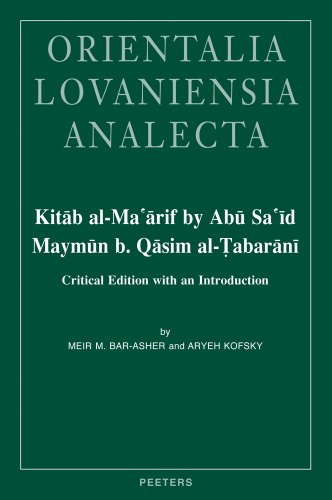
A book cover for Kitab al-Ma'arif by Abu Sa'id Maymun b. Qasim al-Tabarani: Critical Edition with an Introduction (Orientalia Lovaniensia Analecta); M Bar-Asher; Religion & Spirituality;